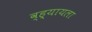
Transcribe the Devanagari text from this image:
व्ह्यायला